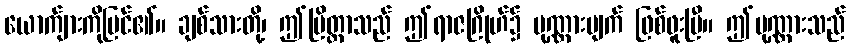
ယောက်ျားကိုမြင်၏။ ချစ်သားတို့၊ ဤပြိတ္တာသည် ဤရာဇဂြိုဟ်၌ ပုဏ္ဏားပျက် ဖြစ်ဖူးပြီ။ ဤပုဏ္ဏားသည်